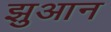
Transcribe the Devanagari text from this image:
झुआन